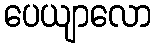
ပေယျာလော